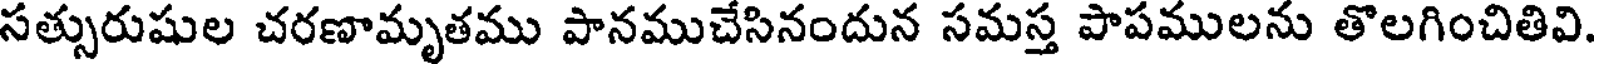
సత్సురుషుల చరణామృతము పానముచేసినందున సమస్త పాపములను తొలగించితివి